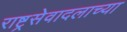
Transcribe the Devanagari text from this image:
राष्ट्रसेवादलाच्या